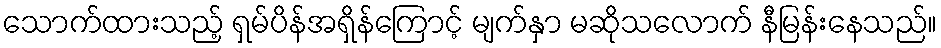
သောက်ထားသည့် ရှမ်ပိန်အရှိန်ကြောင့် မျက်နှာ မဆိုသလောက် နီမြန်းနေသည်။